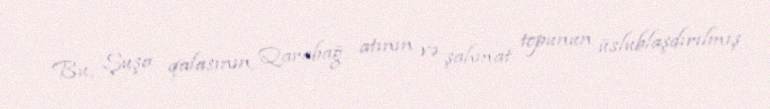
Bu, Şuşa qalasının, Qarabağ atının və şahmat topunun üslublaşdırılmış